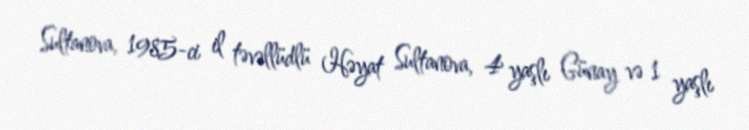
Sultanova, 1985-ci il təvəllüdlü Həyat Sultanova, 4 yaşlı Günay və 1 yaşlı